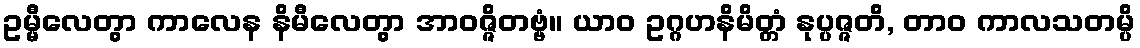
ဥမ္မီလေတွာ ကာလေန နိမီလေတွာ အာဝဇ္ဇိတဗ္ဗံ။ ယာဝ ဥဂ္ဂဟနိမိတ္တံ နုပ္ပဇ္ဇတိ, တာဝ ကာလသတမ္ပိ